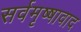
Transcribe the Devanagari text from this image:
सर्वमृष्षावाद